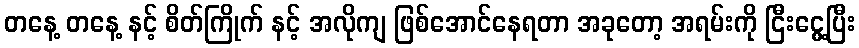
တနေ့ တနေ့ နင့် စိတ်ကြိုက် နင့် အလိုကျ ဖြစ်အောင်နေရတာ အခုတော့ အရမ်းကို ငြီးငွေ့ပြီး